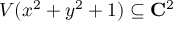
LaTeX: V ( x ^ { 2 } + y ^ { 2 } + 1 ) \subseteq \mathbf { C } ^ { 2 }